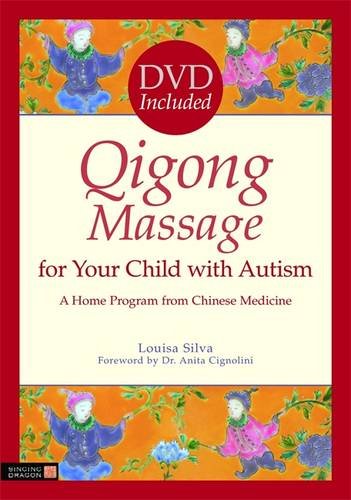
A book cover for Qigong Massage for Your Child with Autism: A Home Program from Chinese Medicine [With DVD]; Louisa Silva; Health, Fitness & Dieting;